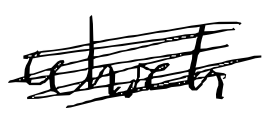
Text: which
Cross-out: scratch
Writing tool: digital_black